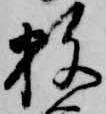
数